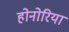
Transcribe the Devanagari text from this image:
होनोरिया